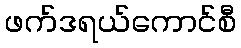
ဖက်ဒရယ်ကောင်စီ